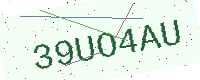
Text: 39UO4AU